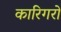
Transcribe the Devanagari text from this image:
कारिगरों